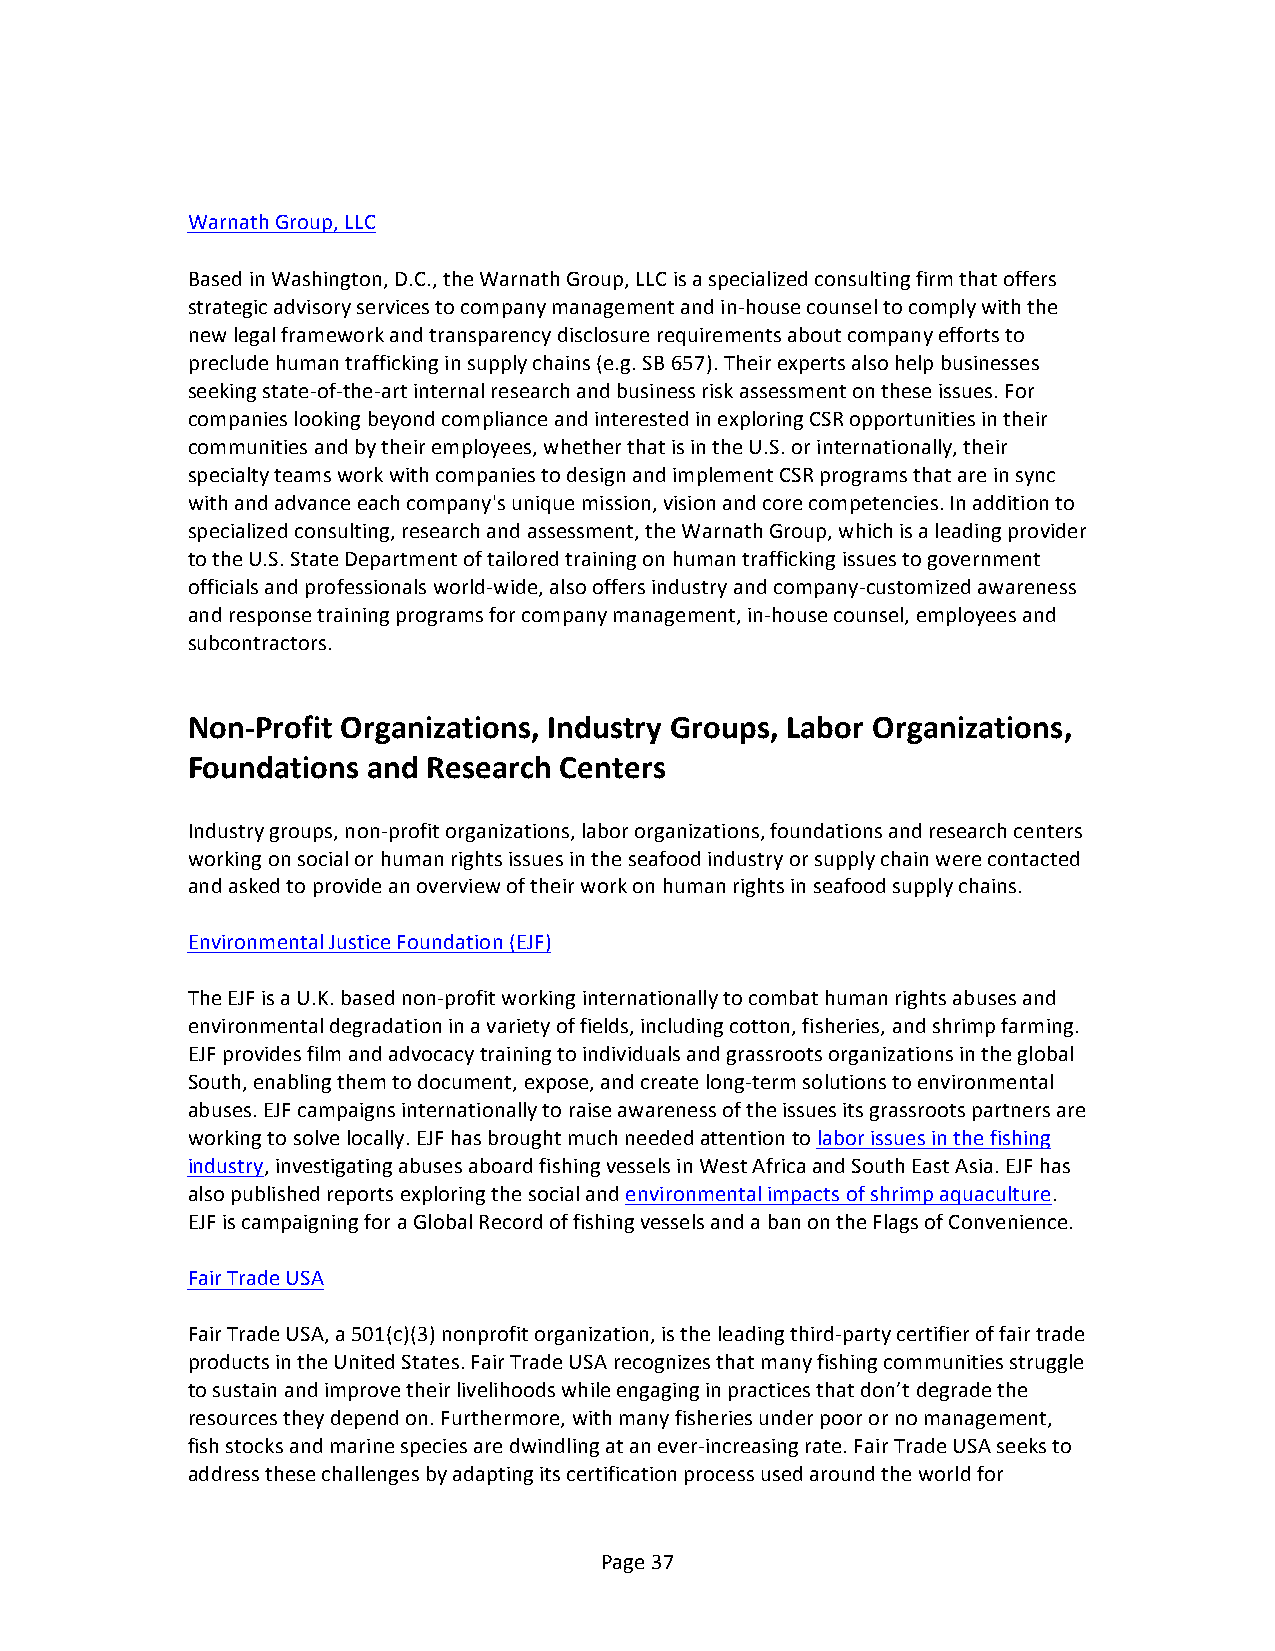
Warnath Group, LLC
 Based in Washington, D.C., the Warnath Group, LLC is a specialized consulting firm that offers
 strategic advisory services to company management and in-­‐house counsel to comply with the
 new legal framework and transparency disclosure requirements about company efforts to
 preclude human trafficking in supply chains (e.g. SB 657). Their experts also help businesses
 seeking state-­‐of-­‐the-­‐art internal research and business risk assessment on these issues. For
 companies looking beyond compliance and interested in exploring CSR opportunities in their
 communities and by their employees, whether that is in the U.S. or internationally, their
 specialty teams work with companies to design and implement CSR programs that are in sync
 with and advance each company's unique mission, vision and core competencies. In addition to
 specialized consulting, research and assessment, the Warnath Group, which is a leading provider
 to the U.S. State Department of tailored training on human trafficking issues to government
 officials and professionals world-­‐wide, also offers industry and company-­‐customized awareness
 and response training programs for company management, in-­‐house counsel, employees and
 subcontractors.
 Non-­‐Profit Organizations, Industry Groups, Labor Organizations,
 Foundations and Research Centers
 Industry groups, non-­‐profit organizations, labor organizations, foundations and research centers
 working on social or human rights issues in the seafood industry or supply chain were contacted
 and asked to provide an overview of their work on human rights in seafood supply chains.
 Environmental Justice Foundation (EJF)
 The EJF is a U.K. based non-­‐profit working internationally to combat human rights abuses and
 environmental degradation in a variety of fields, including cotton, fisheries, and shrimp farming.
 EJF provides film and advocacy training to individuals and grassroots organizations in the global
 South, enabling them to document, expose, and create long-­‐term solutions to environmental
 abuses. EJF campaigns internationally to raise awareness of the issues its grassroots partners are
 working to solve locally. EJF has brought much needed attention to labor issues in the fishing
 industry, investigating abuses aboard fishing vessels in West Africa and South East Asia. EJF has
 also published reports exploring the social and environmental impacts of shrimp aquaculture.
 EJF is campaigning for a Global Record of fishing vessels and a ban on the Flags of Convenience.
 Fair Trade USA
 Fair Trade USA, a 501(c)(3) nonprofit organization, is the leading third-­‐party certifier of fair trade
 products in the United States. Fair Trade USA recognizes that many fishing communities struggle
 to sustain and improve their livelihoods while engaging in practices that don’t degrade the
 resources they depend on. Furthermore, with many fisheries under poor or no management,
 fish stocks and marine species are dwindling at an ever-­‐increasing rate. Fair Trade USA seeks to
 address these challenges by adapting its certification process used around the world for
 Page 37